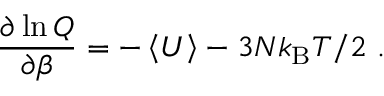
\frac { \partial \ln Q } { \partial \beta } = - \left< U \right> - 3 N k _ { \mathrm { B } } T / 2 \ .